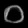
Digit: ၀